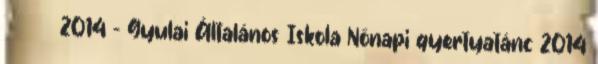
Березня 2014 - Gyulai Általános Iskola Nőnapi gyertyatánc 2014